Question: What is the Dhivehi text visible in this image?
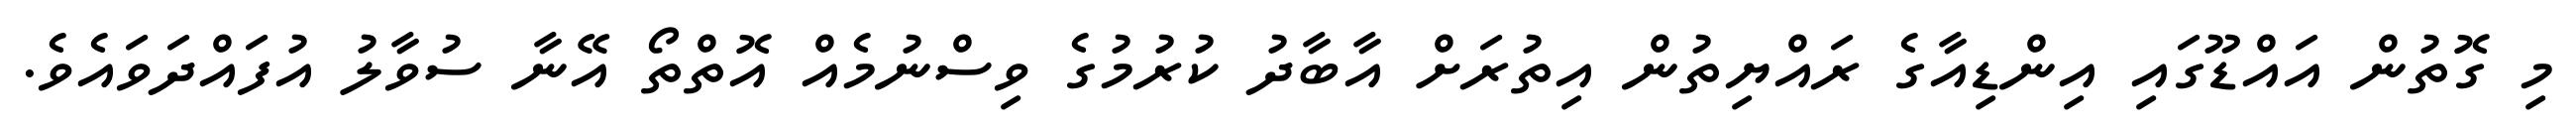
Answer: މި ގޮތުން އައްޑޫގައި އިންޑިއާގެ ރައްޔިތުން އިތުރަށް އާބާދު ކުރުމުގެ ވިސްނުމެއް އޮތްތޯ އޭނާ ސުވާލު އުފައްދަވައެވެ.